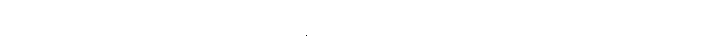
ခေါ၊ အကြင်သူတို့သည်။ ကာယေန၊ ကိုယ်ဖြင့်။ ဒုစ္စရိတံ၊ ကာယဒုစရိုက်သုံးပါးကို။